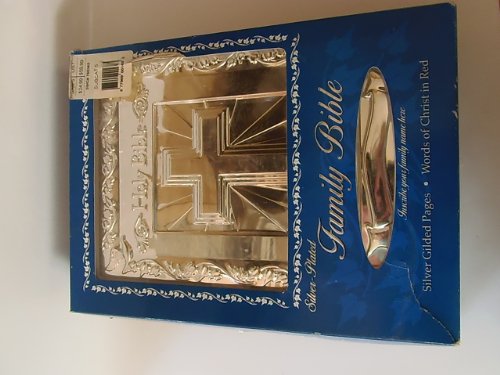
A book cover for Family Silver-Plated Bible; Christian Books & Bibles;